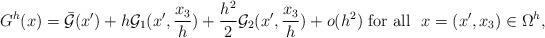
LaTeX: \begin{align*}G^h(x) = \bar{\mathcal{G}}(x') + h \mathcal{G}_1(x',\frac{x_3}{h})+ \frac{h^2}{2} \mathcal{G}_2(x', \frac{x_3}{h}) +o(h^2) \mbox{ for all } ~x=(x',x_3)\in \Omega^h, \end{align*}